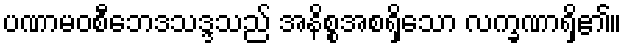
ပဏာမဝစီဘေဒသဒ္ဒသည် အနိစ္စအစရှိသော လက္ခဏာရှိ၏။